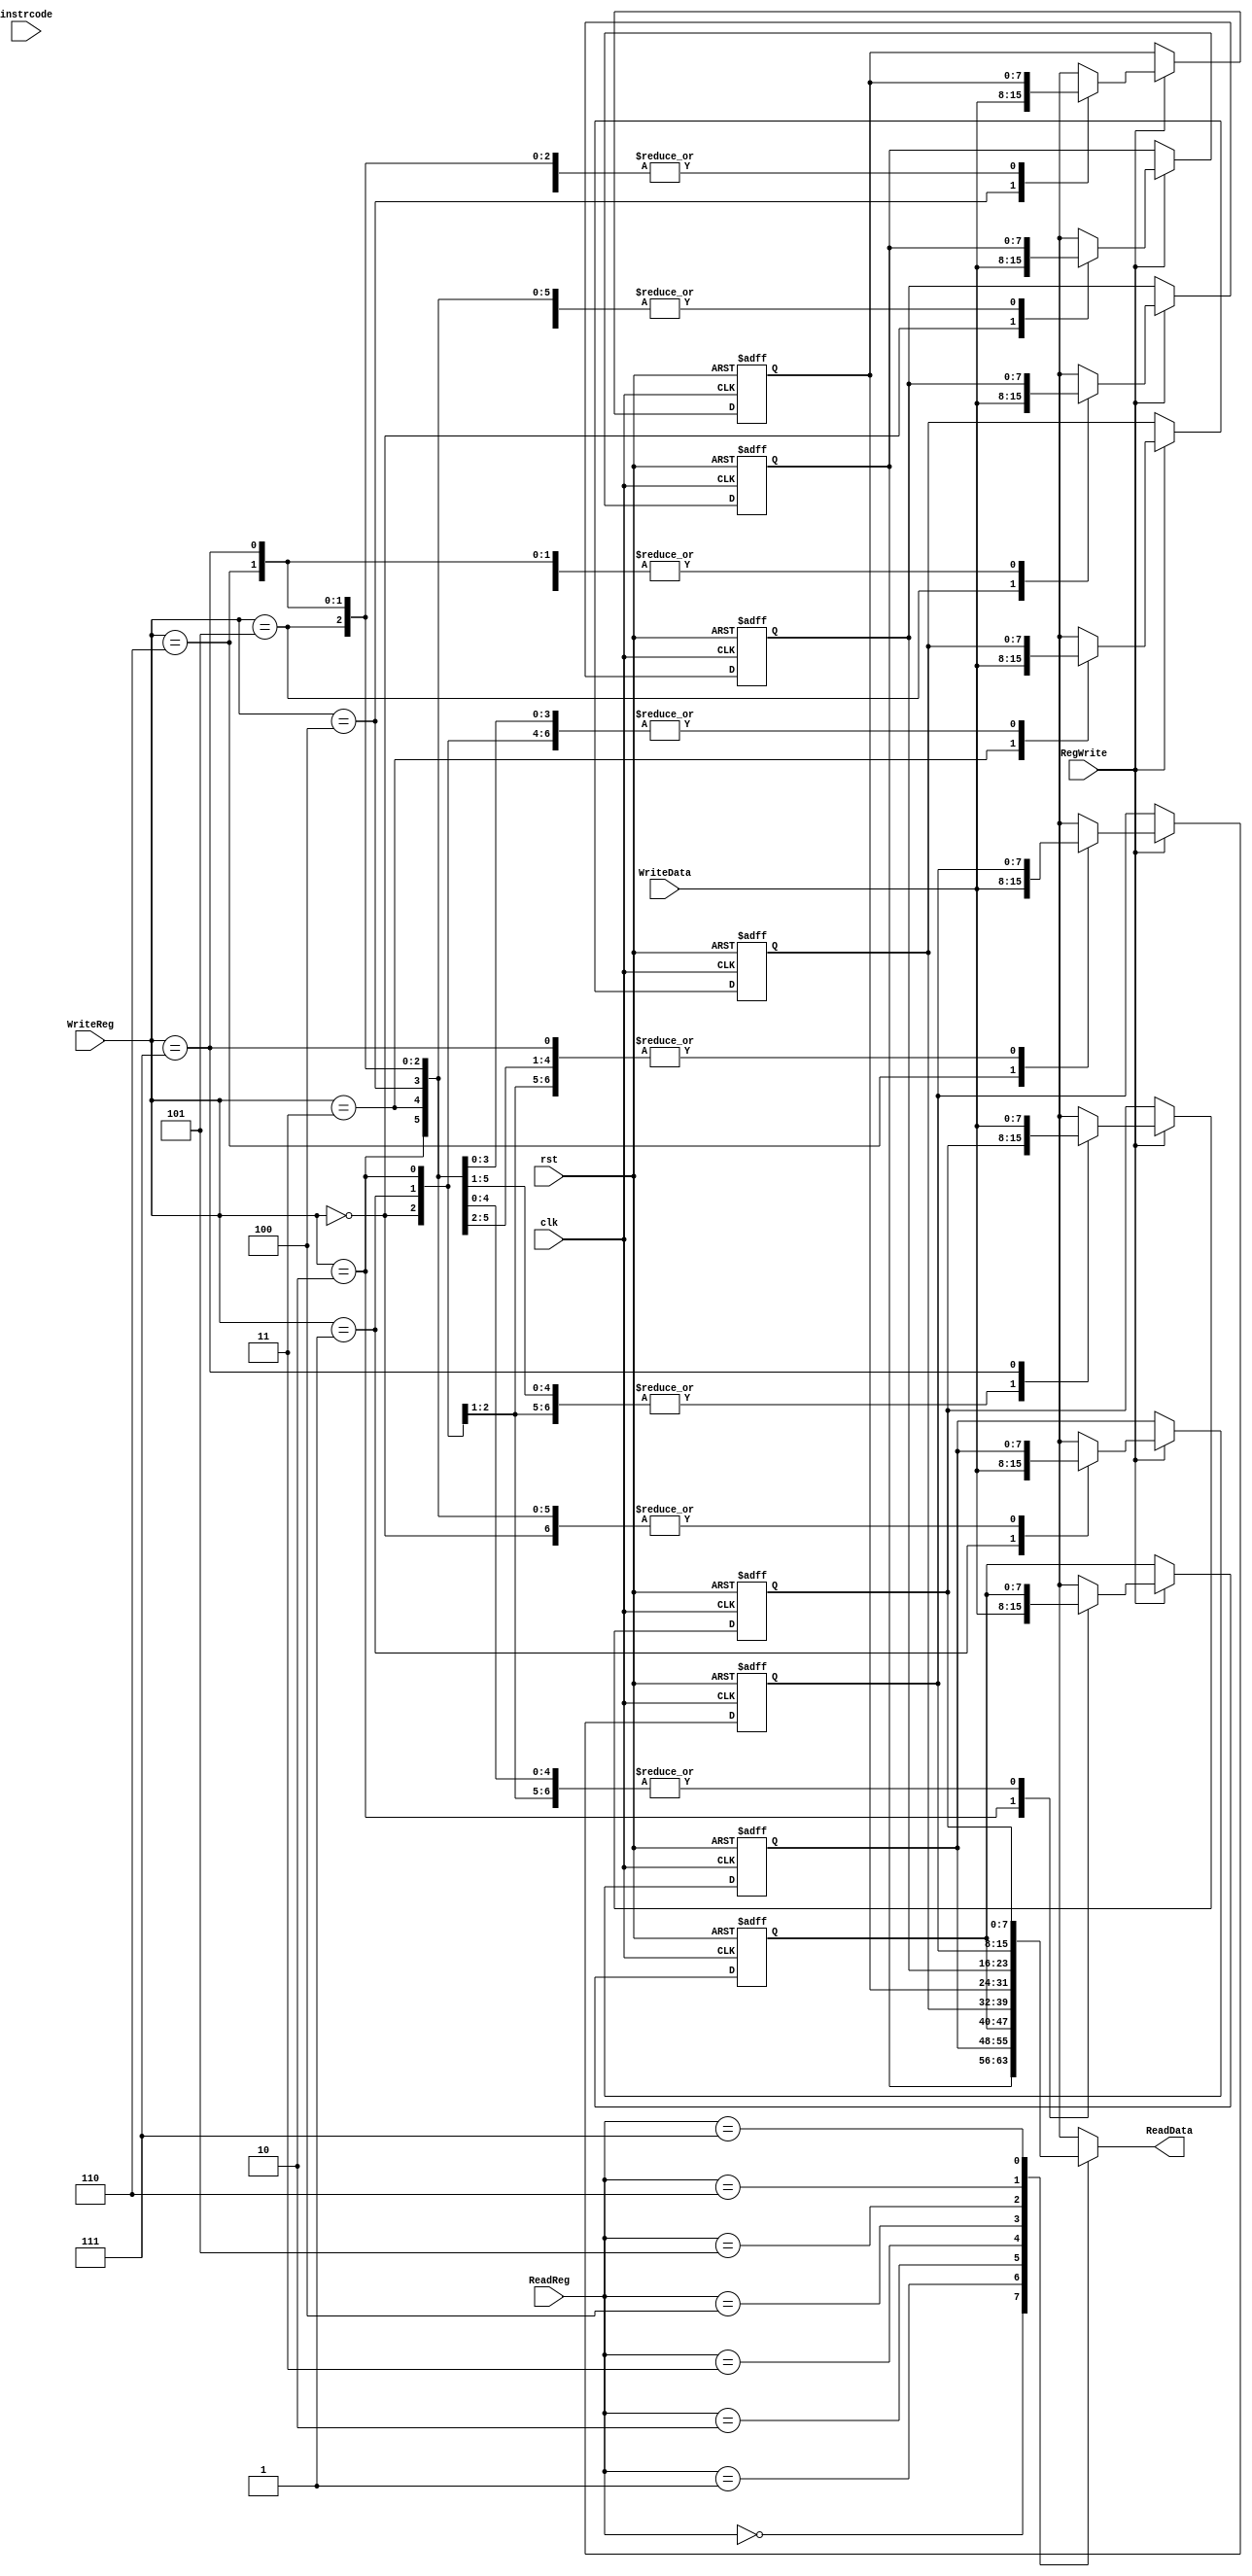
`timescale 1ns / 1ps
//////////////////////////////////////////////////////////////////////////////////
// Company: 
// Engineer: 
// 
// Design Name: 
// Module Name:    Rfile 
// Project Name: 
// Target Devices: 
// Tool versions: 
// Description: 
//
// Dependencies: 
//
// Revision: 
// Revision 0.01 - File Created
// Additional Comments: 
//
//////////////////////////////////////////////////////////////////////////////////
module Rfile(
   input [7:0] instrcode,
    input [2:0] ReadReg,
    input [2:0] WriteReg,
    input [7:0] WriteData,
    input clk,
    input RegWrite,
	input rst,
	output reg [7:0] ReadData
	);

	reg [7:0] RegData [7:0];
	always@*
	begin
		ReadData = RegData[ReadReg];
	end
	//assign ReadData = RegData[ReadReg];

	always @(posedge clk, negedge rst) begin
		if (rst == 0) begin
			RegData[0] = 0;
			RegData[1] = 1;
			RegData[2] = 2;
			RegData[3] = 3;
			RegData[4] = 4;
			RegData[5] = 5;
			RegData[6] = 6;
			RegData[7] = 7;
		end
		else if (RegWrite == 1) begin
			RegData[WriteReg] = WriteData;
		end
	end


endmodule